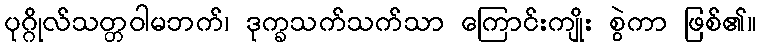
ပုဂ္ဂိုလ်သတ္တဝါမဘက်၊ ဒုက္ခသက်သက်သာ ကြောင်းကျိုး စွဲကာ ဖြစ်၏။